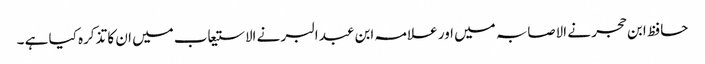
حافظ ابن حجر نے الاصابہ میں اور علامہ ابن عبد البر نے الاستیعاب میں ان کا تذکرہ کیا ہے ۔